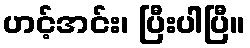
ဟင့်အင်း၊ ပြီးပါပြီ။